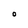
Character: O